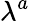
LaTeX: \lambda^{a}